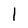
Character: l